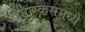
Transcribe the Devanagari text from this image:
दमास्कसमध्ये